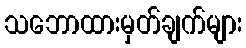
သဘောထားမှတ်ချက်များ